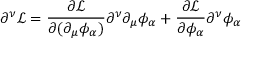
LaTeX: \partial ^ { \nu } { \mathcal { L } } = { \frac { \partial { \mathcal { L } } } { \partial ( \partial _ { \mu } \phi _ { \alpha } ) } } \partial ^ { \nu } \partial _ { \mu } \phi _ { \alpha } + { \frac { \partial { \mathcal { L } } } { \partial \phi _ { \alpha } } } \partial ^ { \nu } \phi _ { \alpha }